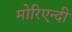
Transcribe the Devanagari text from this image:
मोरिएन्दी